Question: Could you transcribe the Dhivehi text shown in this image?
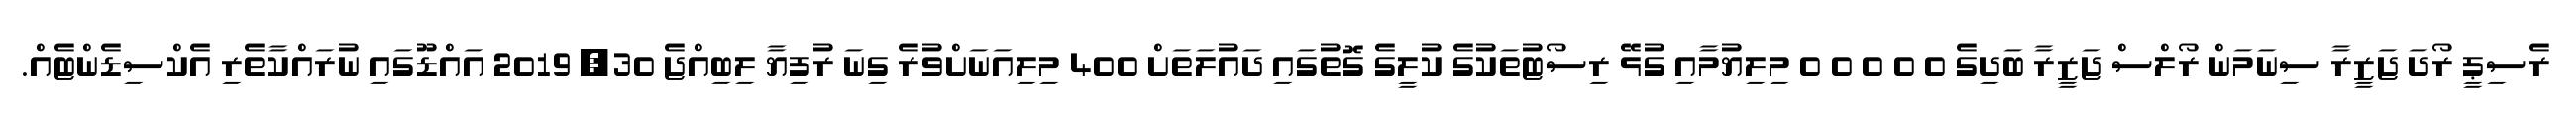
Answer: ރެސިޕީ ރޯދަ ޖަޒީރާ ސިނަމަން ރޯލްސް ޖަޒީރާ ބަދިގެ 0 0 0 0 0 މިލިޔުމާއި ގުޅޭ ރިސޯޓުތަކުގެ ކުލީގެ ގޮތުގައި ދައުލަތަށް 400 މިލިއަނަށްވުރެ ގިނަ ރުފިޔާ ލިބިއްޖެ 30, 2019 އައްޑޫގައި ނުރައްކާތެރި އެކްސިޑެންޓެއް.